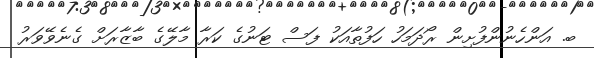
ބ. އަންހެނުންފުށިން ރޯދަމަހު ހަފުތާއަކު ފަސް ޓަނުގެ ކަރާ މާލޭގެ ބާޒާރަށް ގެނެވޭވަރު